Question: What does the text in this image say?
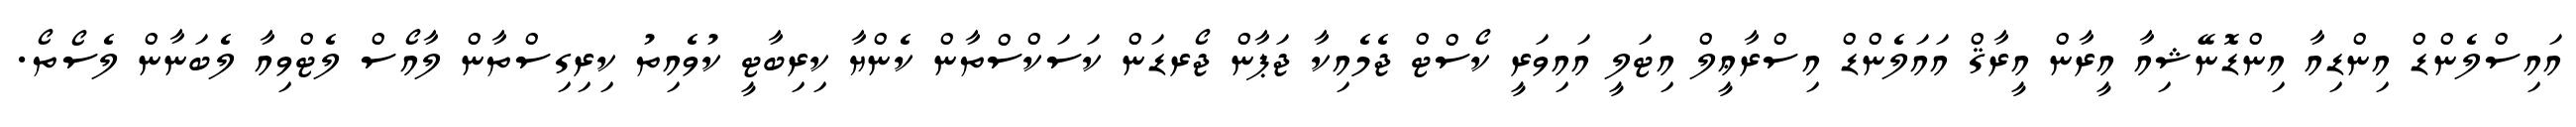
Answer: އައިސްލެންޑް އިންޑިއާ އިންޑޮނޭޝިއާ އީރާން އީރާޤް އައަލެންޑް އިސްރާޢީލް އިޓަލީ އައިވަރީ ކޯސްޓް ޖެމެއިކާ ޖަޕާން ޖޯރޑަން ކަސަކްސްތާން ކެންޔާ ކިރިބާޓީ ކުވެއިތު ކިރިގިސްތާން ލާއޯސް ލެޓްވިއާ ލެބަނާން ލެސޯތޯ.